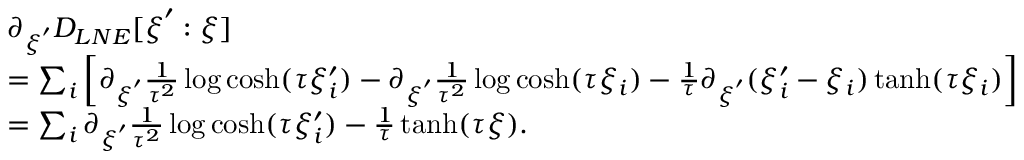
\begin{array} { r l } & { \partial _ { \boldsymbol { \xi } ^ { \prime } } D _ { L N E } [ \boldsymbol { \xi } ^ { \prime } : \boldsymbol { \xi } ] } \\ & { = \sum _ { i } \left[ \partial _ { \boldsymbol { \xi } ^ { \prime } } \frac { 1 } { \tau ^ { 2 } } \log \cosh ( \tau \xi _ { i } ^ { \prime } ) - \partial _ { \boldsymbol { \xi } ^ { \prime } } \frac { 1 } { \tau ^ { 2 } } \log \cosh ( \tau \xi _ { i } ) - \frac { 1 } { \tau } \partial _ { \boldsymbol { \xi } ^ { \prime } } ( \xi _ { i } ^ { \prime } - \xi _ { i } ) \operatorname { t a n h } ( \tau \xi _ { i } ) \right] } \\ & { = \sum _ { i } \partial _ { \boldsymbol { \xi } ^ { \prime } } \frac { 1 } { \tau ^ { 2 } } \log \cosh ( \tau \xi _ { i } ^ { \prime } ) - \frac { 1 } { \tau } \operatorname { t a n h } ( \tau \boldsymbol { \xi } ) . } \end{array}